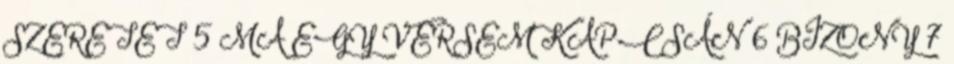
SZERETET 5 MA EGY VERSEM KAPCSÁN 6 BIZONY 7